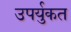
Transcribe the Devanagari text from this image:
उपर्युकत